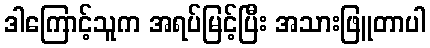
ဒါကြောင့်သူက အရပ်မြင့်ပြီး အသားဖြူတာပါ